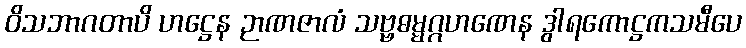
ဝိသဘာဂတာပိ ဟဋ္ဌေန ဉာဏဇာလံ သဗ္ဗဓမ္မဂ္ဂဟဏေန ဒွါရကောဋ္ဌကသမီပေ